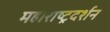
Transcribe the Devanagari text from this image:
महाराष्ट्रदर्शन